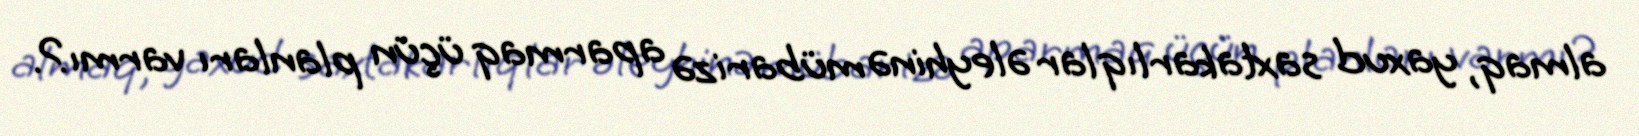
almaq, yaxud saxtakarlıqlar əleyhinə mübarizə aparmaq üçün planları varmı?.